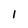
Character: 1